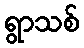
ရွာသစ်